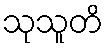
သုသူတိ